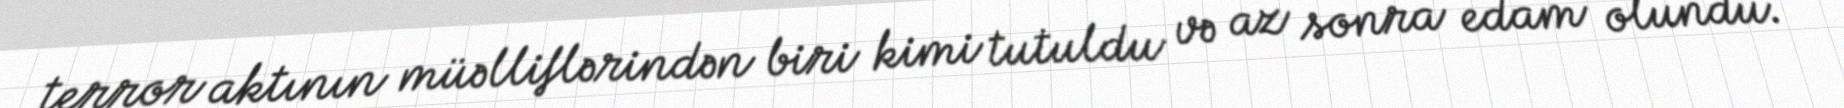
terror aktının müəlliflərindən biri kimi tutuldu və az sonra edam olundu.